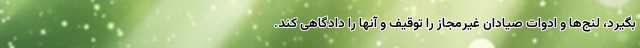
بگیرد، لنج‌ها و ادوات صیادان غیرمجاز را توقیف و آنها را دادگاهی کند.